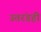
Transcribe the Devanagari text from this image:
उतरंडही